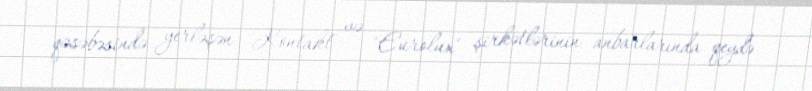
qəsəbəsində yerləşən "Kontakt" və "Eurolux" şirkətlərinin anbarlarında qeydə